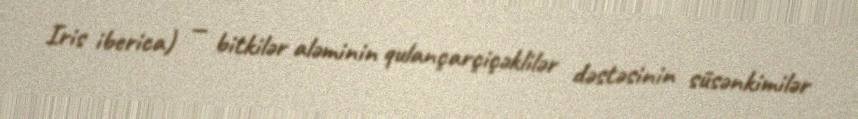
Iris iberica) — bitkilər aləminin qulançarçiçəklilər dəstəsinin süsənkimilər